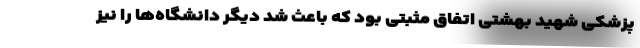
پزشکی شهید بهشتی اتفاق مثبتی بود که باعث شد دیگر دانشگاه‌ها را نیز